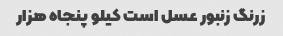
زرنگ زنبور عسل است کیلو پنجاه هزار